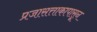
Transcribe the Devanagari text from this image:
प्रजासत्ताकापासून